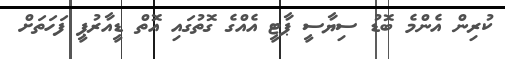
ކުރިން އެންމެ ބޮޑު ސިޔާސީ ޕާޓީ އެއްގެ ގޮތުގައި އޮތް ޑީއާރުޕީ ފަހަތަށް